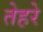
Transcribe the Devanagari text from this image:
तेहरे